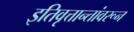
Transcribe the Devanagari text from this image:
इतिवृत्तान्तांवरून